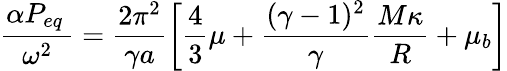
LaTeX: \frac{\alpha P_{eq}\, }{\omega^{2}}=\frac{2\pi^{2}}{\gamma a}\displaystyle\left[\frac{4}{3}\mu+\frac{(\gamma-1)^{2}}{\gamma}\frac{M\kappa}{R}+\mu_{b}\right]